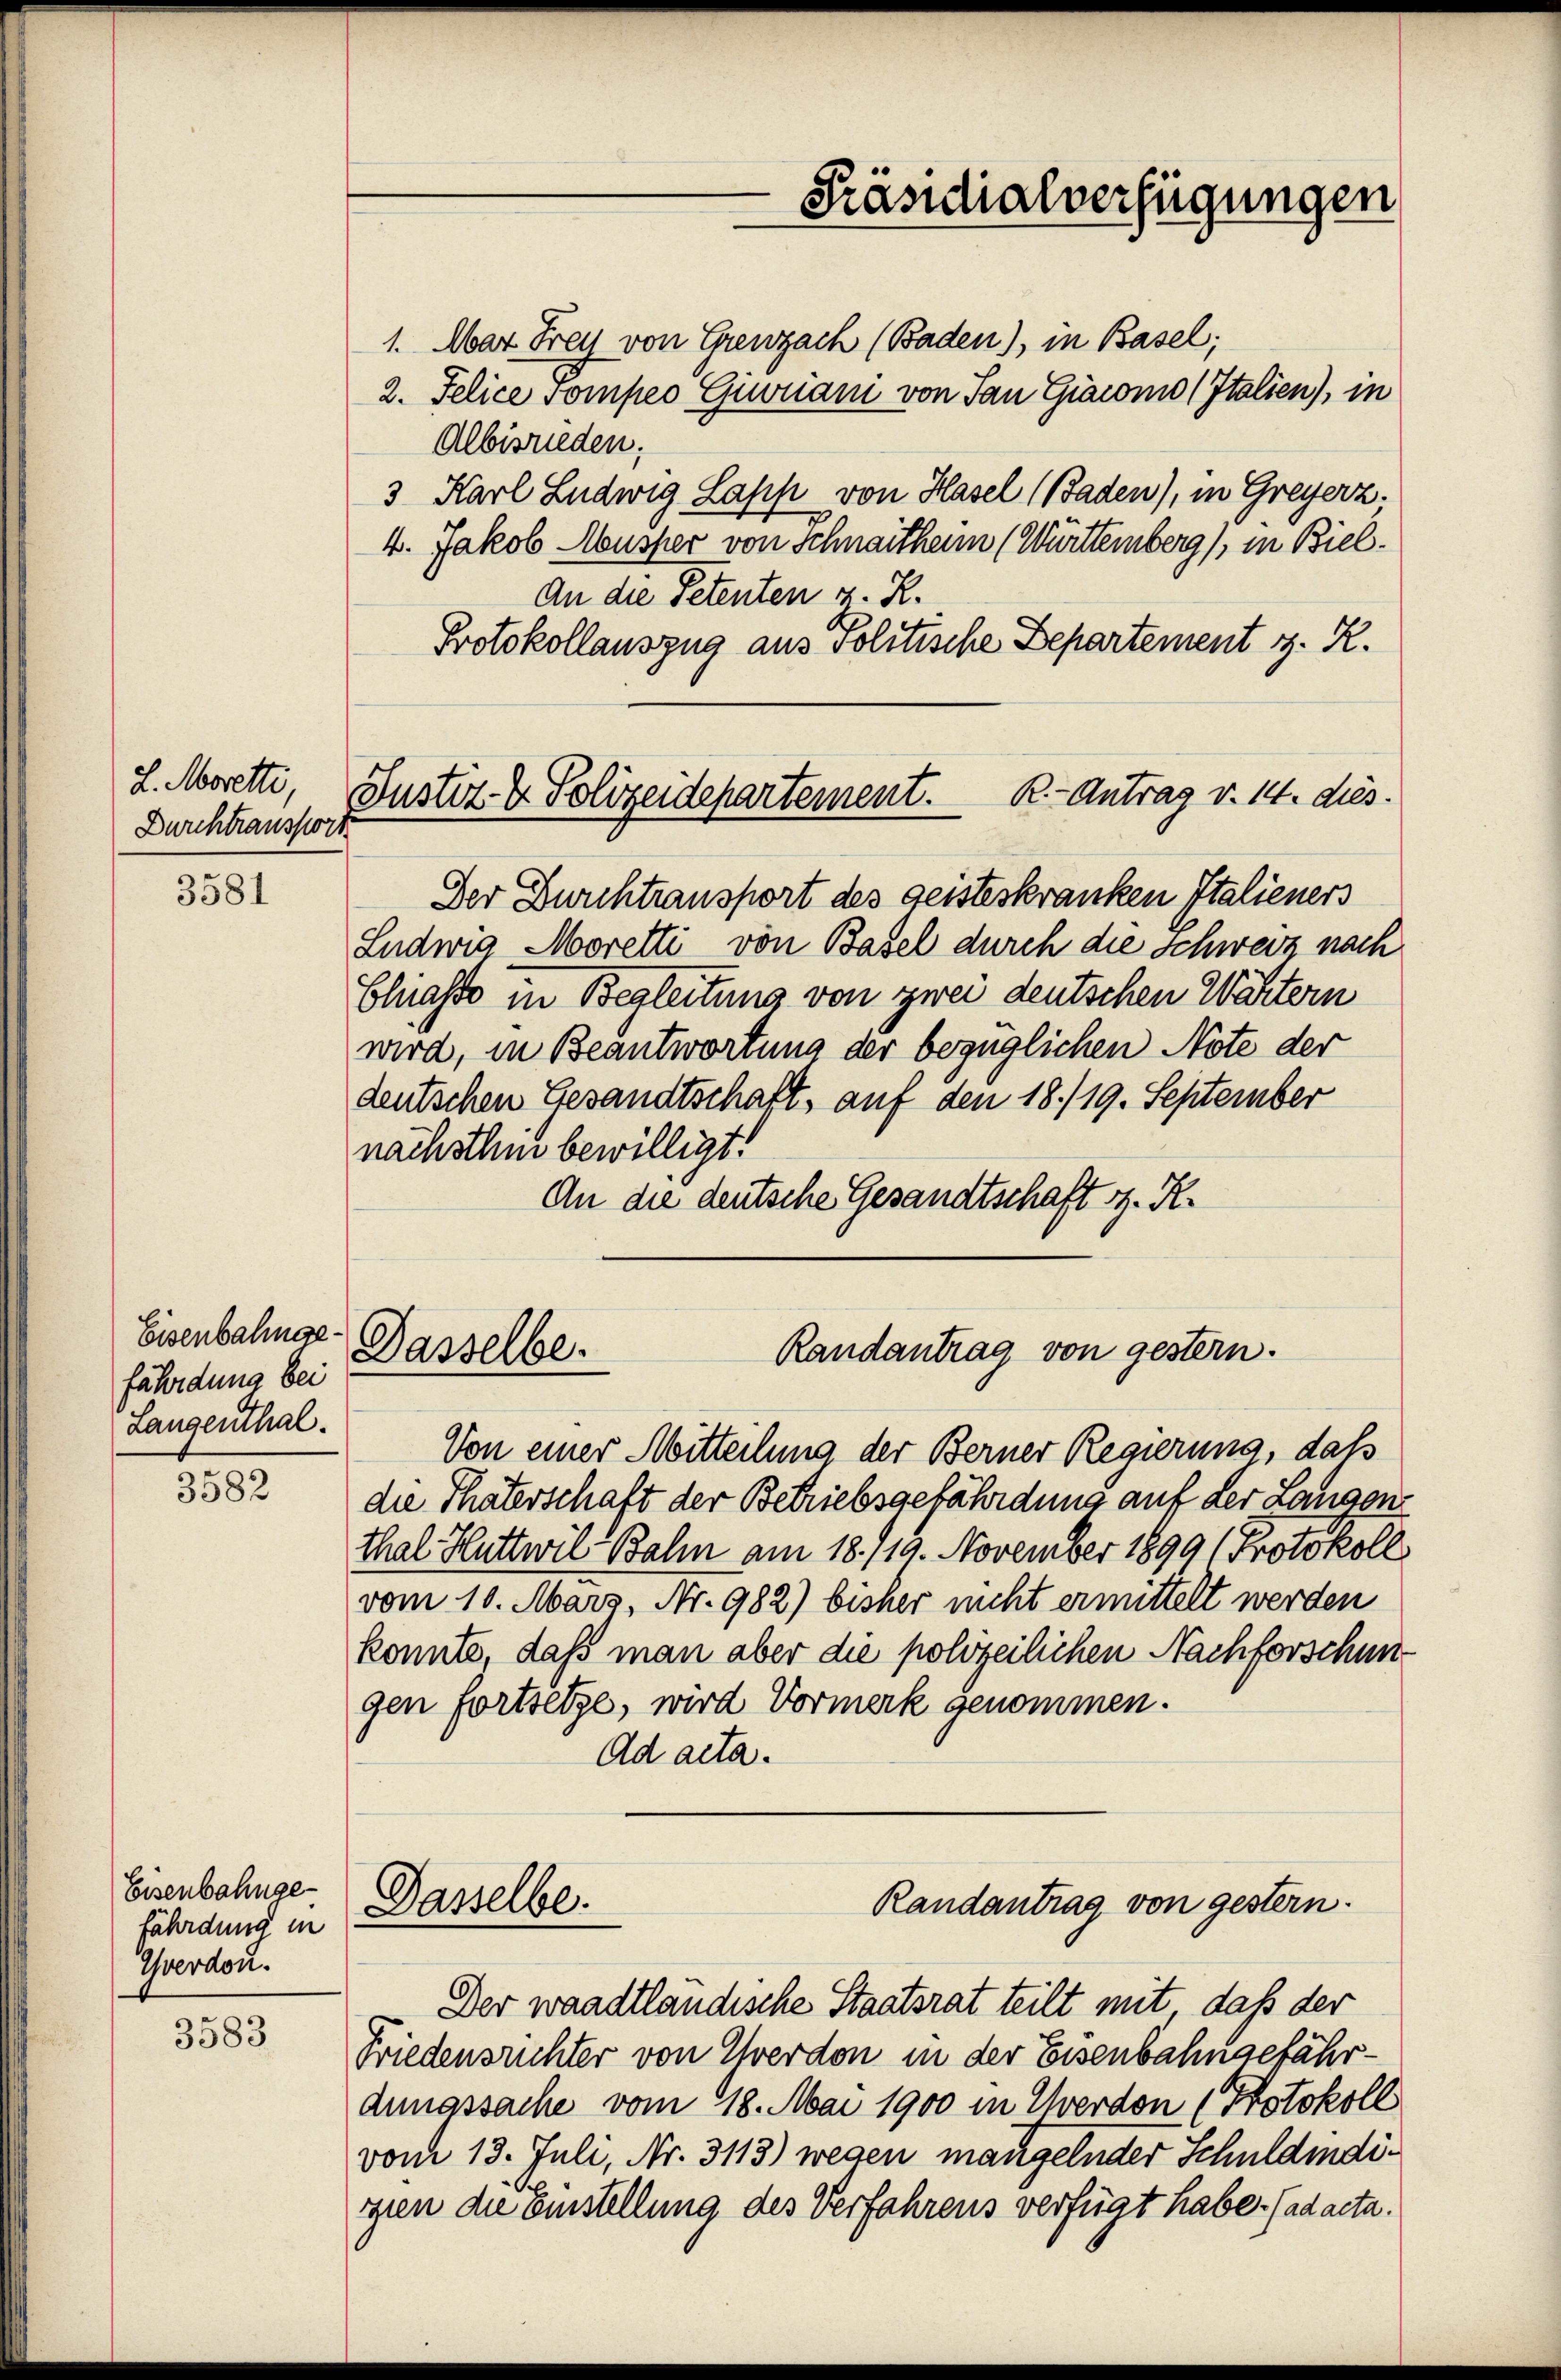
L. Morette,
Durchtransport

3581

3582

Eisenbahngefährdung in
Yverdon.

3583

Eisenbahnge
fährdung bei
Langenthal.

1. Mar Frey von Grenzach (Baden), in Basel;
2. Felice vompeo Giuliani von San Giacomo (Italien), in
Albisrieden;
3 Karl Ludwig Lapp von Hasel (Baden), in Greyerz.
4. Jakob Musser von Schnaithen (Württemberg), in Biel.
An die Petenten z. R.
Protokollauszug aus solitische Departement z. R.
Justiz- & Polizeidepartement. R.-Antrag v. 14. dies.
Der Durchtransport des geisteskranken Italieners
Ludwig Moretti von Basel durch die Schweiz nach
Classe in Begleitung von zwei deutschen Wähtern
wird, in Beantwortung der bezüglichen Note der
deutschen Gesandtschaft, auf den 18./19. September
nächsthin bewilligt.
An die deutsche Gesandtschaft z. K.

Dasselbe.
Randantrag von gestern.

Von einer Mitteilung der Berner Regierung, daß
die Thäterschaft der Betriebsgefährdung auf der Langen
thal Huttwil Bahn am 18. 119. November 1899 (Protokoll
vom 10. März, Nr. 982) bisher nicht ermittelt werden
konnte, dass man aber die polizeilichen Nachforschun
gen fortsetze, wird Vormerk genommen.
Ad acta.
Randantrag von gestern.
Dasselbe.
Der waadtländische Staatsrat teilt mit, daß der
Friedensrichter von Eherdon in der Eisenbahngefährdunassache vom 18. Mai 1900 in verdon (Protokoll
vom 13. Juli, Nr. 3113) wegen mangelnder Schuldindigien die Einstellung des Verfahrens verfügt habe. (ad acta.

Präsidialverfügungen